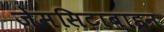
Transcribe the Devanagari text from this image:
जेमसिटाबाइन